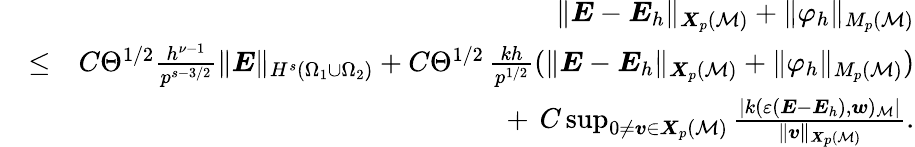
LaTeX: \begin{array}{rlr}&{}&{\| {\boldsymbol{E}}-{\boldsymbol{E}}_{h}\| _{{\boldsymbol{X}}_{p}({\cal M})}+\| \varphi_{h}\| _{M_{p}({\cal M})}}\\ &{\le}&{C\Theta^{1/2}\frac{h^{\nu-1}}{p^{s-3/2}}\| {\boldsymbol{E}}\| _{H^{s}(\Omega_{1}\cup\Omega_{2})}+C\Theta^{1/2}\, \frac{kh}{p^{1/2}}(\| {\boldsymbol{E}}-{\boldsymbol{E}}_{h}\| _{{\boldsymbol{X}}_{p}({\cal M})}+\| \varphi_{h}\| _{M_{p}({\cal M})})}\\ &{}&{\ +\, C\operatorname*{sup}_{0\not=\boldsymbol{v}\in{\boldsymbol{X}}_{p}({\cal M})}\frac{|k(\varepsilon({\boldsymbol{E}}-{\boldsymbol{E}}_{h}),\boldsymbol{w})_{\cal M}|}{\| \boldsymbol{v}\| _{{\boldsymbol{X}}_{p}({\cal M})}}.}\end{array}